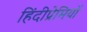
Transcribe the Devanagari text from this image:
हिंदीप्रेमियों